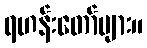
ရဟန်းတော်များ။